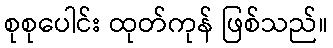
စုစုပေါင်း ထုတ်ကုန် ဖြစ်သည်။